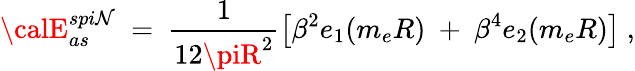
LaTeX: {\calE}_{as}^{spi\mathcal{N}}\ =\ \frac{{1}}{{12\piR^{2}}}\left[\beta^{2}e_{1}(m_{e}R)\ +\ \beta^{4}e_{2}(m_{e}R)\right]\ ,